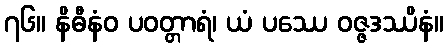
၇၆။ နိဓီနံဝ ပဝတ္တာရံ၊ ယံ ပဿေ ဝဇ္ဇဒဿိနံ။